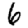
Digit: 6